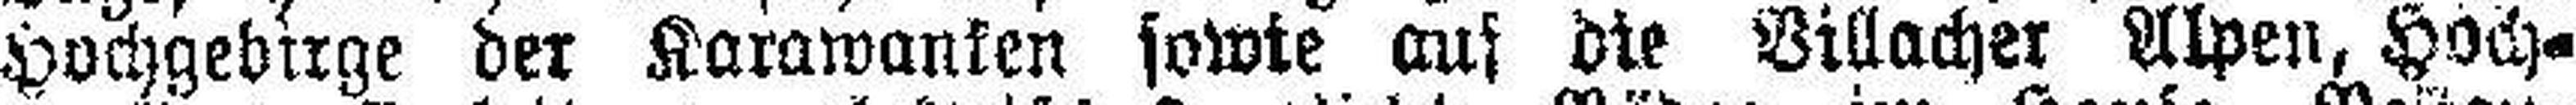
Hochgebirge der Karawanken sowie auf die Billacher Alpen, Hoch¬